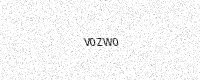
Text: V0ZW0